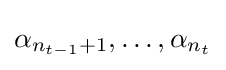
\alpha _{n_{t-1}+1},\dots ,\alpha _{n_{t}}